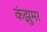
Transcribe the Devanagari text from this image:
कंझुमर